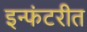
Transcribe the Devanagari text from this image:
इन्फंटरीत